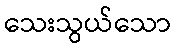
သေးသွယ်သော